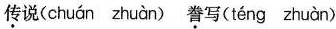
传说(chuán zhuàn) 誊写(téng zhuàn)